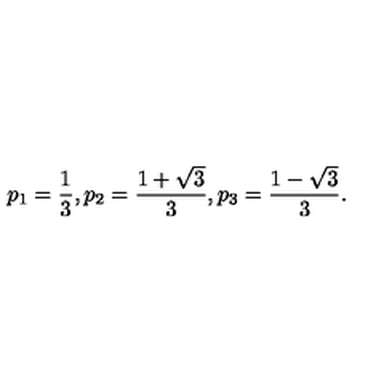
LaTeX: p _ { 1 } = \frac { 1 } { 3 } , p _ { 2 } = \frac { 1 + \sqrt { 3 } } { 3 } , p _ { 3 } = \frac { 1 - \sqrt { 3 } } { 3 } .